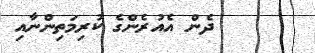
ދެން އެއުރެންގެ ކުރިމަތިންނާއި